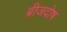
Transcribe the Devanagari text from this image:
बीजदोष